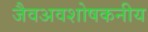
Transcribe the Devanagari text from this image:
जैवअवशोषकनीय